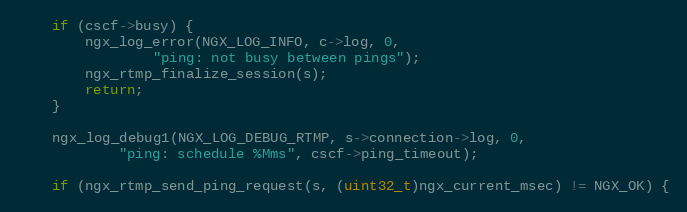
Language: C
    if (cscf->busy) {
        ngx_log_error(NGX_LOG_INFO, c->log, 0,
                "ping: not busy between pings");
        ngx_rtmp_finalize_session(s);
        return;
    }

    ngx_log_debug1(NGX_LOG_DEBUG_RTMP, s->connection->log, 0,
            "ping: schedule %Mms", cscf->ping_timeout);

    if (ngx_rtmp_send_ping_request(s, (uint32_t)ngx_current_msec) != NGX_OK) {